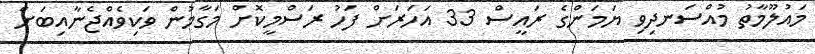
މައުލޫމާތު މުއްސަނދިވި ޔަމަންގެ ރައީސް 33 އަހަރަށް ފަހު ރަސްމީކޮށް މަގާމުން ވަކިވެއްޖެނާއިބަށް